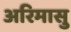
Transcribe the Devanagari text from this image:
अरिमासु